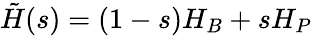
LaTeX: {\tilde{H}}(s)=(1-s)H_{B}+sH_{P}